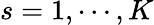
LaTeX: s=1,\cdots,K